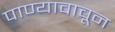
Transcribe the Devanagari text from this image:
पाण्यावाचून